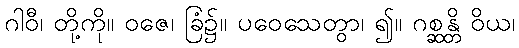
ဂါဝီ၊ တို့ကို။ ဝဇေ၊ ခြံ၌။ ပဝေသေတွာ၊ ၍။ ဂစ္ဆန္တိ ဝိယ၊